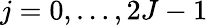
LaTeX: j=0,\ldots,2J-1